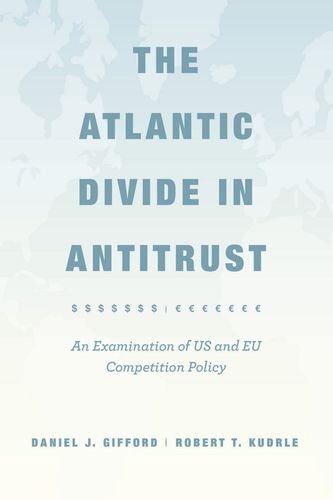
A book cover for The Atlantic Divide in Antitrust: An Examination of US and EU Competition Policy; Daniel J. Gifford; Law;